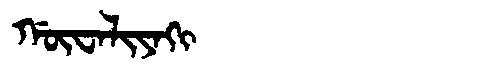
Manchu: ᡤᡡᠸᠠᠯᡳᠶᠠᡴᡳ
Romanization: GŪWALIYAKI